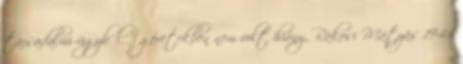
társadalmi ügyből. Ígéretekben nem volt hiány, Rákosi Mátyás 1945